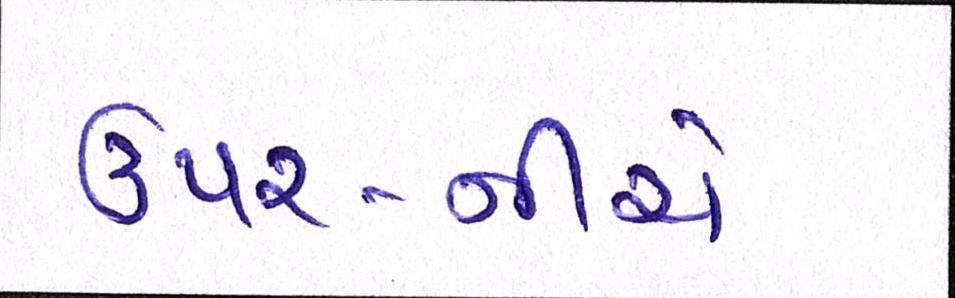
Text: ઉપર-નીચે